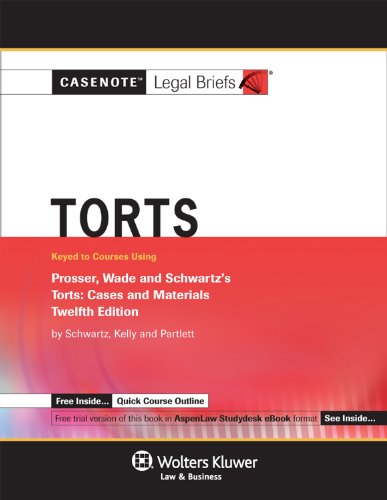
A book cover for Casenotes Legal Briefs Torts: Keyed to Prosser Wade Schwartz Kelly & Partlett 12e; Casenotes; Law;